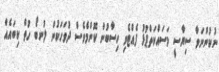
ނުކުންނަވާ ސިޔާސީ މަސައްކަތްޕުޅު ފެއްޓެވި ހިސާބުން ކޮންމެވެސް ދުވަހަކުން ލުނބޯ ހުތް ކިބައެއް